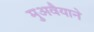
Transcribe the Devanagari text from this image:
मुअवैयाने